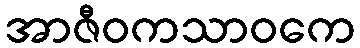
အာဇီဝကသာဝကေ